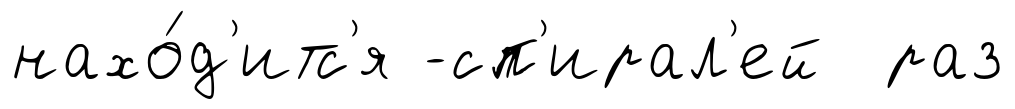
нахо́д'итс'я -сп'ирал'ей раз